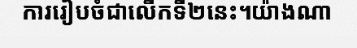
ការរៀបចំជាលើកទី២នេះ។យ៉ាងណា